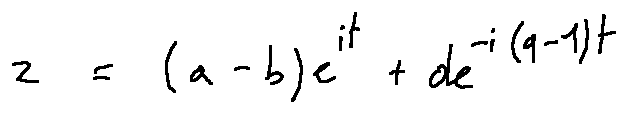
z = ( a - b ) e ^ { i t } + d e ^ { - i ( q - 1 ) t }